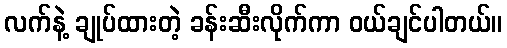
လက်နဲ့ ချုပ်ထားတဲ့ ခန်းဆီးလိုက်ကာ ဝယ်ချင်ပါတယ်။